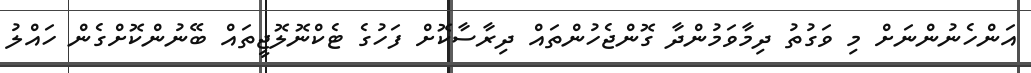
އަންހެނުންނަށް މި ވަގުތު ދިމާވަމުންދާ ގޮންޖެހުންތައް ދިރާސާކޮށް ފަހުގެ ޓެކްނޮލޮޖީތައް ބޭނުންކޮށްގެން ހައްލު